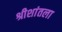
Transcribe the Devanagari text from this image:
श्रीशांतला